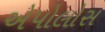
એપોલોસ